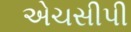
એચસીપી